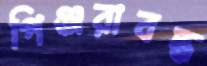
পিঞ্জরাবদ্ধ